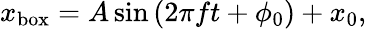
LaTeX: x_{\mathrm{box}}=A\sin{\left(2\pi ft+\phi_{0}\right)}+x_{0},